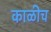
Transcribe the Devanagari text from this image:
काळीच